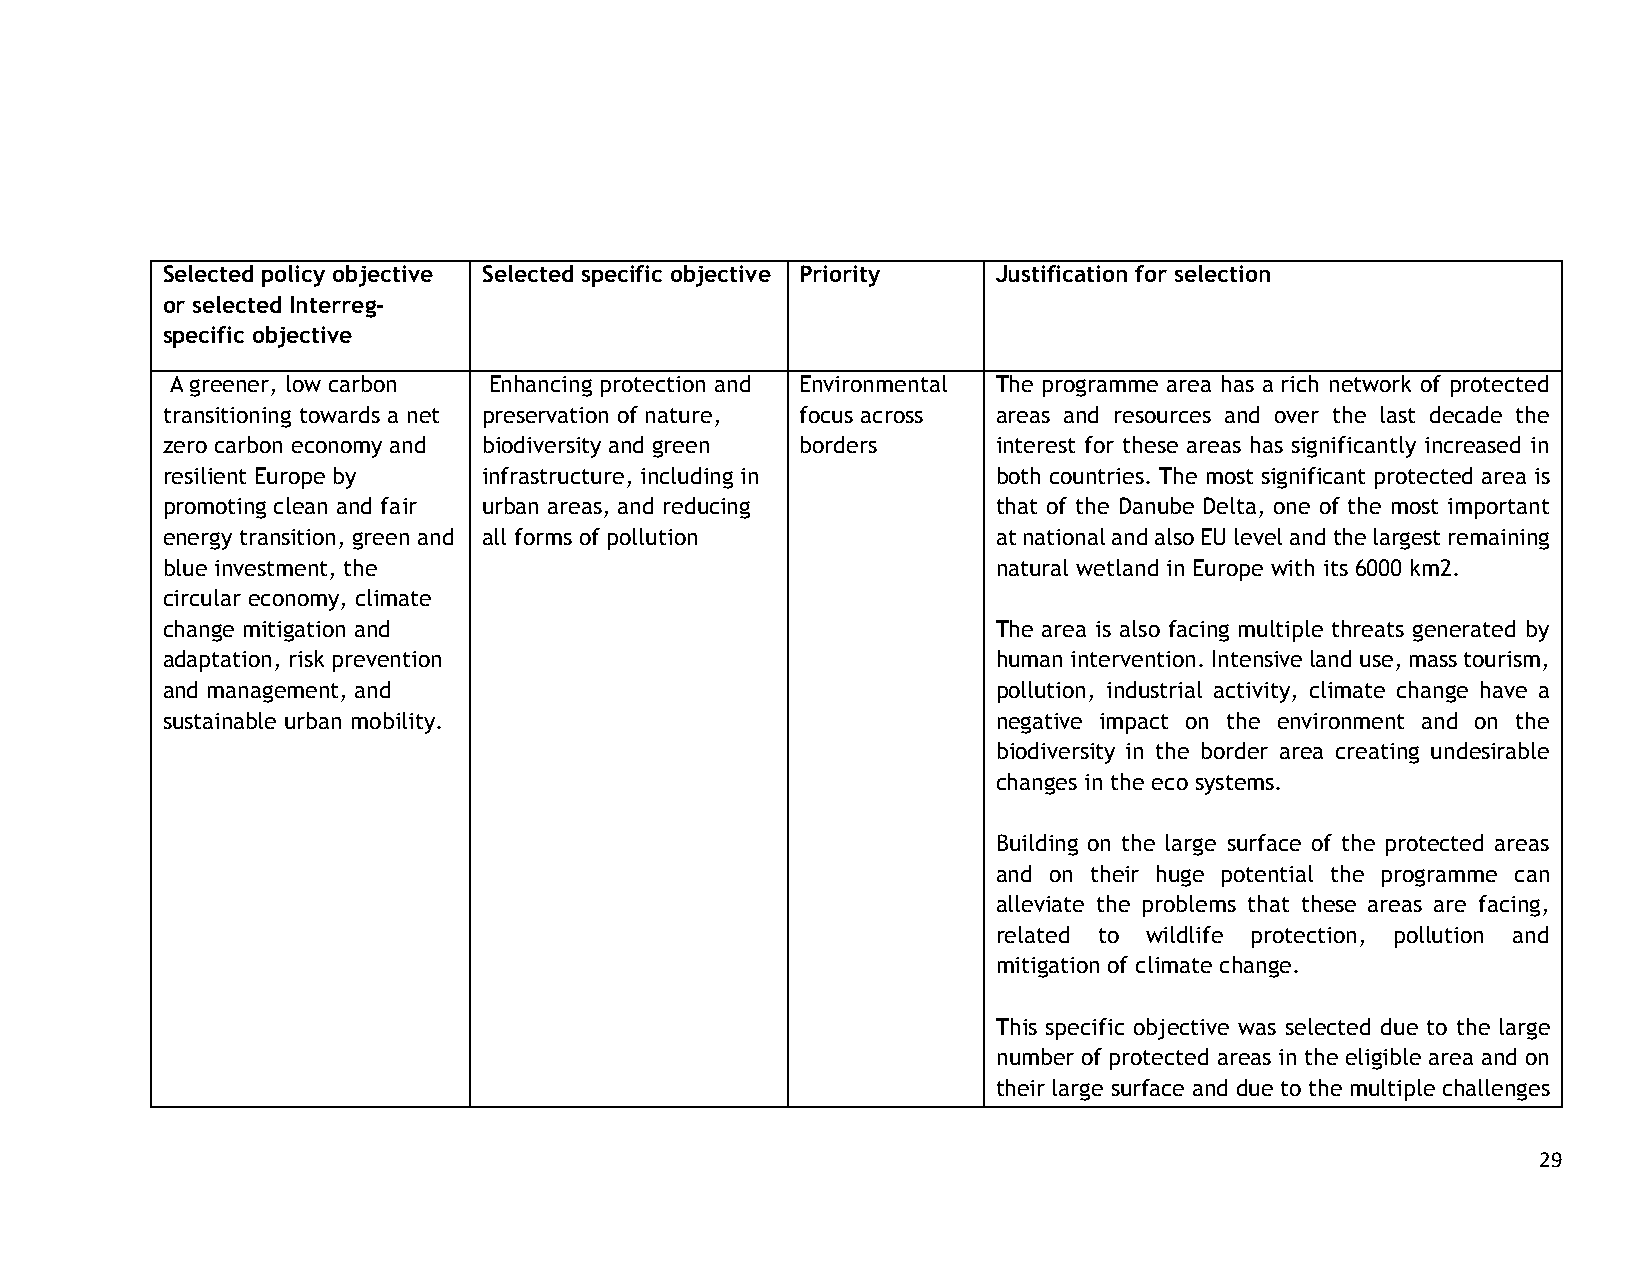
Selected policy objective Selected specific objective Priority Justification for selection
 or selected Interreg-
 specific objective
 A greener, low carbon Enhancing protection and Environmental The programme area has a rich network of protected
 transitioning towards a net preservation of nature, focus across areas and resources and over the last decade the
 zero carbon economy and biodiversity and green borders interest for these areas has significantly increased in
 resilient Europe by  infrastructure, including in      both countries. The most significant protected area is
 promoting clean and fair urban areas, and reducing     that of the Danube Delta, one of the most important
 energy transition, green and all forms of pollution    at national and also EU level and the largest remaining
 blue investment, the                                   natural wetland in Europe with its 6000 km2.
 circular economy, climate
 change mitigation and                                  The area is also facing multiple threats generated by
 adaptation, risk prevention                            human intervention. Intensive land use, mass tourism,
 and management, and                                    pollution, industrial activity, climate change have a
 sustainable urban mobility.                            negative impact on the environment and on the
 biodiversity in the border area creating undesirable
 changes in the eco systems.
 Building on the large surface of the protected areas
 and on their huge potential the programme can
 alleviate the problems that these areas are facing,
 related to wildlife protection, pollution and
 mitigation of climate change.
 This specific objective was selected due to the large
 number of protected areas in the eligible area and on
 their large surface and due to the multiple challenges
 29